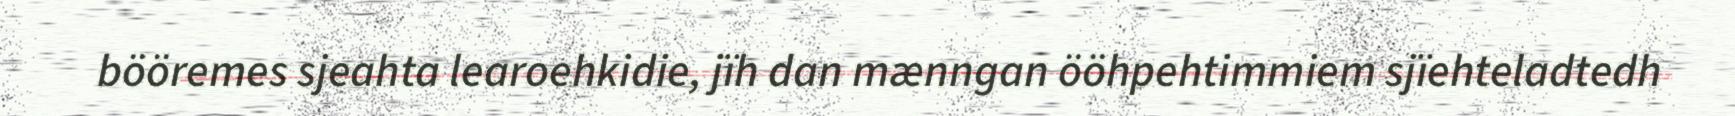
bööremes sjeahta learoehkidie, jïh dan mænngan ööhpehtimmiem sjïehteladtedh